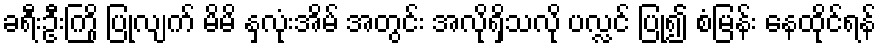
ခရီးဦးကြို ပြုလျက် မိမိ နှလုံးအိမ် အတွင်း အလိုရှိသလို ပလ္လင် ပြု၍ စံမြန်း နေထိုင်ရန်